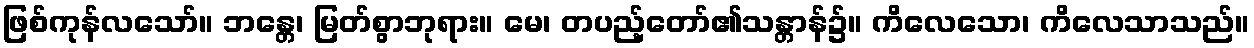
ဖြစ်ကုန်လသော်။ ဘန္တေ၊ မြတ်စွာဘုရား။ မေ၊ တပည့်တော်၏သန္တာန်၌။ ကိလေသော၊ ကိလေသာသည်။